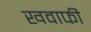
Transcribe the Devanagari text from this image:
खवाफी